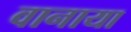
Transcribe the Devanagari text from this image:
वानाया